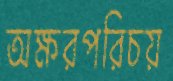
অক্ষরপরিচয়